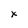
Character: x